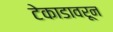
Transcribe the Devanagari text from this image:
टेकाडावरून